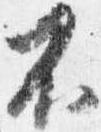
不